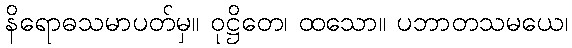
နိရောဓသမာပတ်မှ။ ဝုဋ္ဌိတေ၊ ထသော။ ပဘာတသမယေ၊